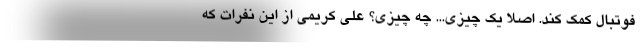
فوتبال کمک کند. اصلا یک چیزی... چه چیزی؟ علی کریمی از این نفرات که